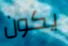
يكون